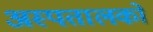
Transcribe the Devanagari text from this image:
अस्पतालको